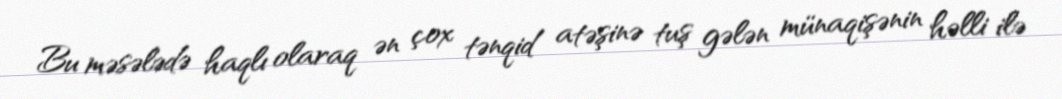
Bu məsələdə haqlı olaraq ən çox tənqid atəşinə tuş gələn münaqişənin həlli ilə